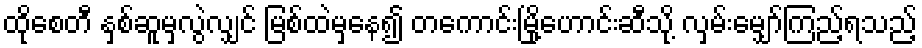
ထိုစေတီ နှစ်ဆူမှလွဲလျှင် မြစ်ထဲမှနေ၍ တကောင်းမြို့ဟောင်းဆီသို့ လှမ်းမျှော်ကြည့်ရသည့်